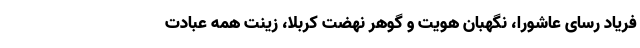
فریاد رسای عاشورا، نگهبان هویت و گوهر نهضت کربلا، زینت همه عبادت